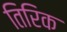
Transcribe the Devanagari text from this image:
तिरिक